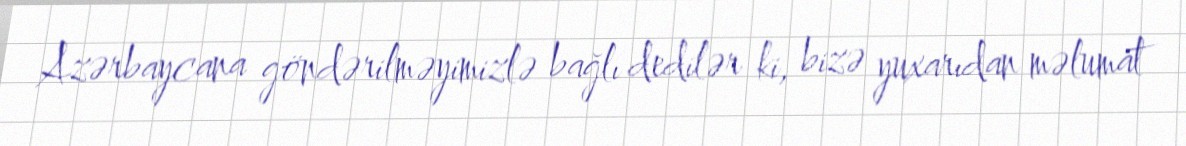
Azərbaycana göndərilməyimizlə bağlı dedilər ki, bizə yuxarıdan məlumat